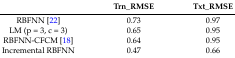
|  | Trn_RMSE | Txt_RMSE |
 | --- | --- | --- |
 | RBFNN [22] | 0.73 | 0.97 |
 | LM (p = 3, c = 3) | 0.65 | 0.95 |
 | RBFNN-CFCM [18] | 0.64 | 0.95 |
 | Incremental RBFNN | 0.47 | 0.66 |